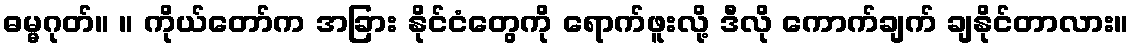
ဓမ္မဂုတ်။ ။ ကိုယ်တော်က အခြား နိုင်ငံတွေကို ရောက်ဖူးလို့ ဒီလို ကောက်ချက် ချနိုင်တာလား။